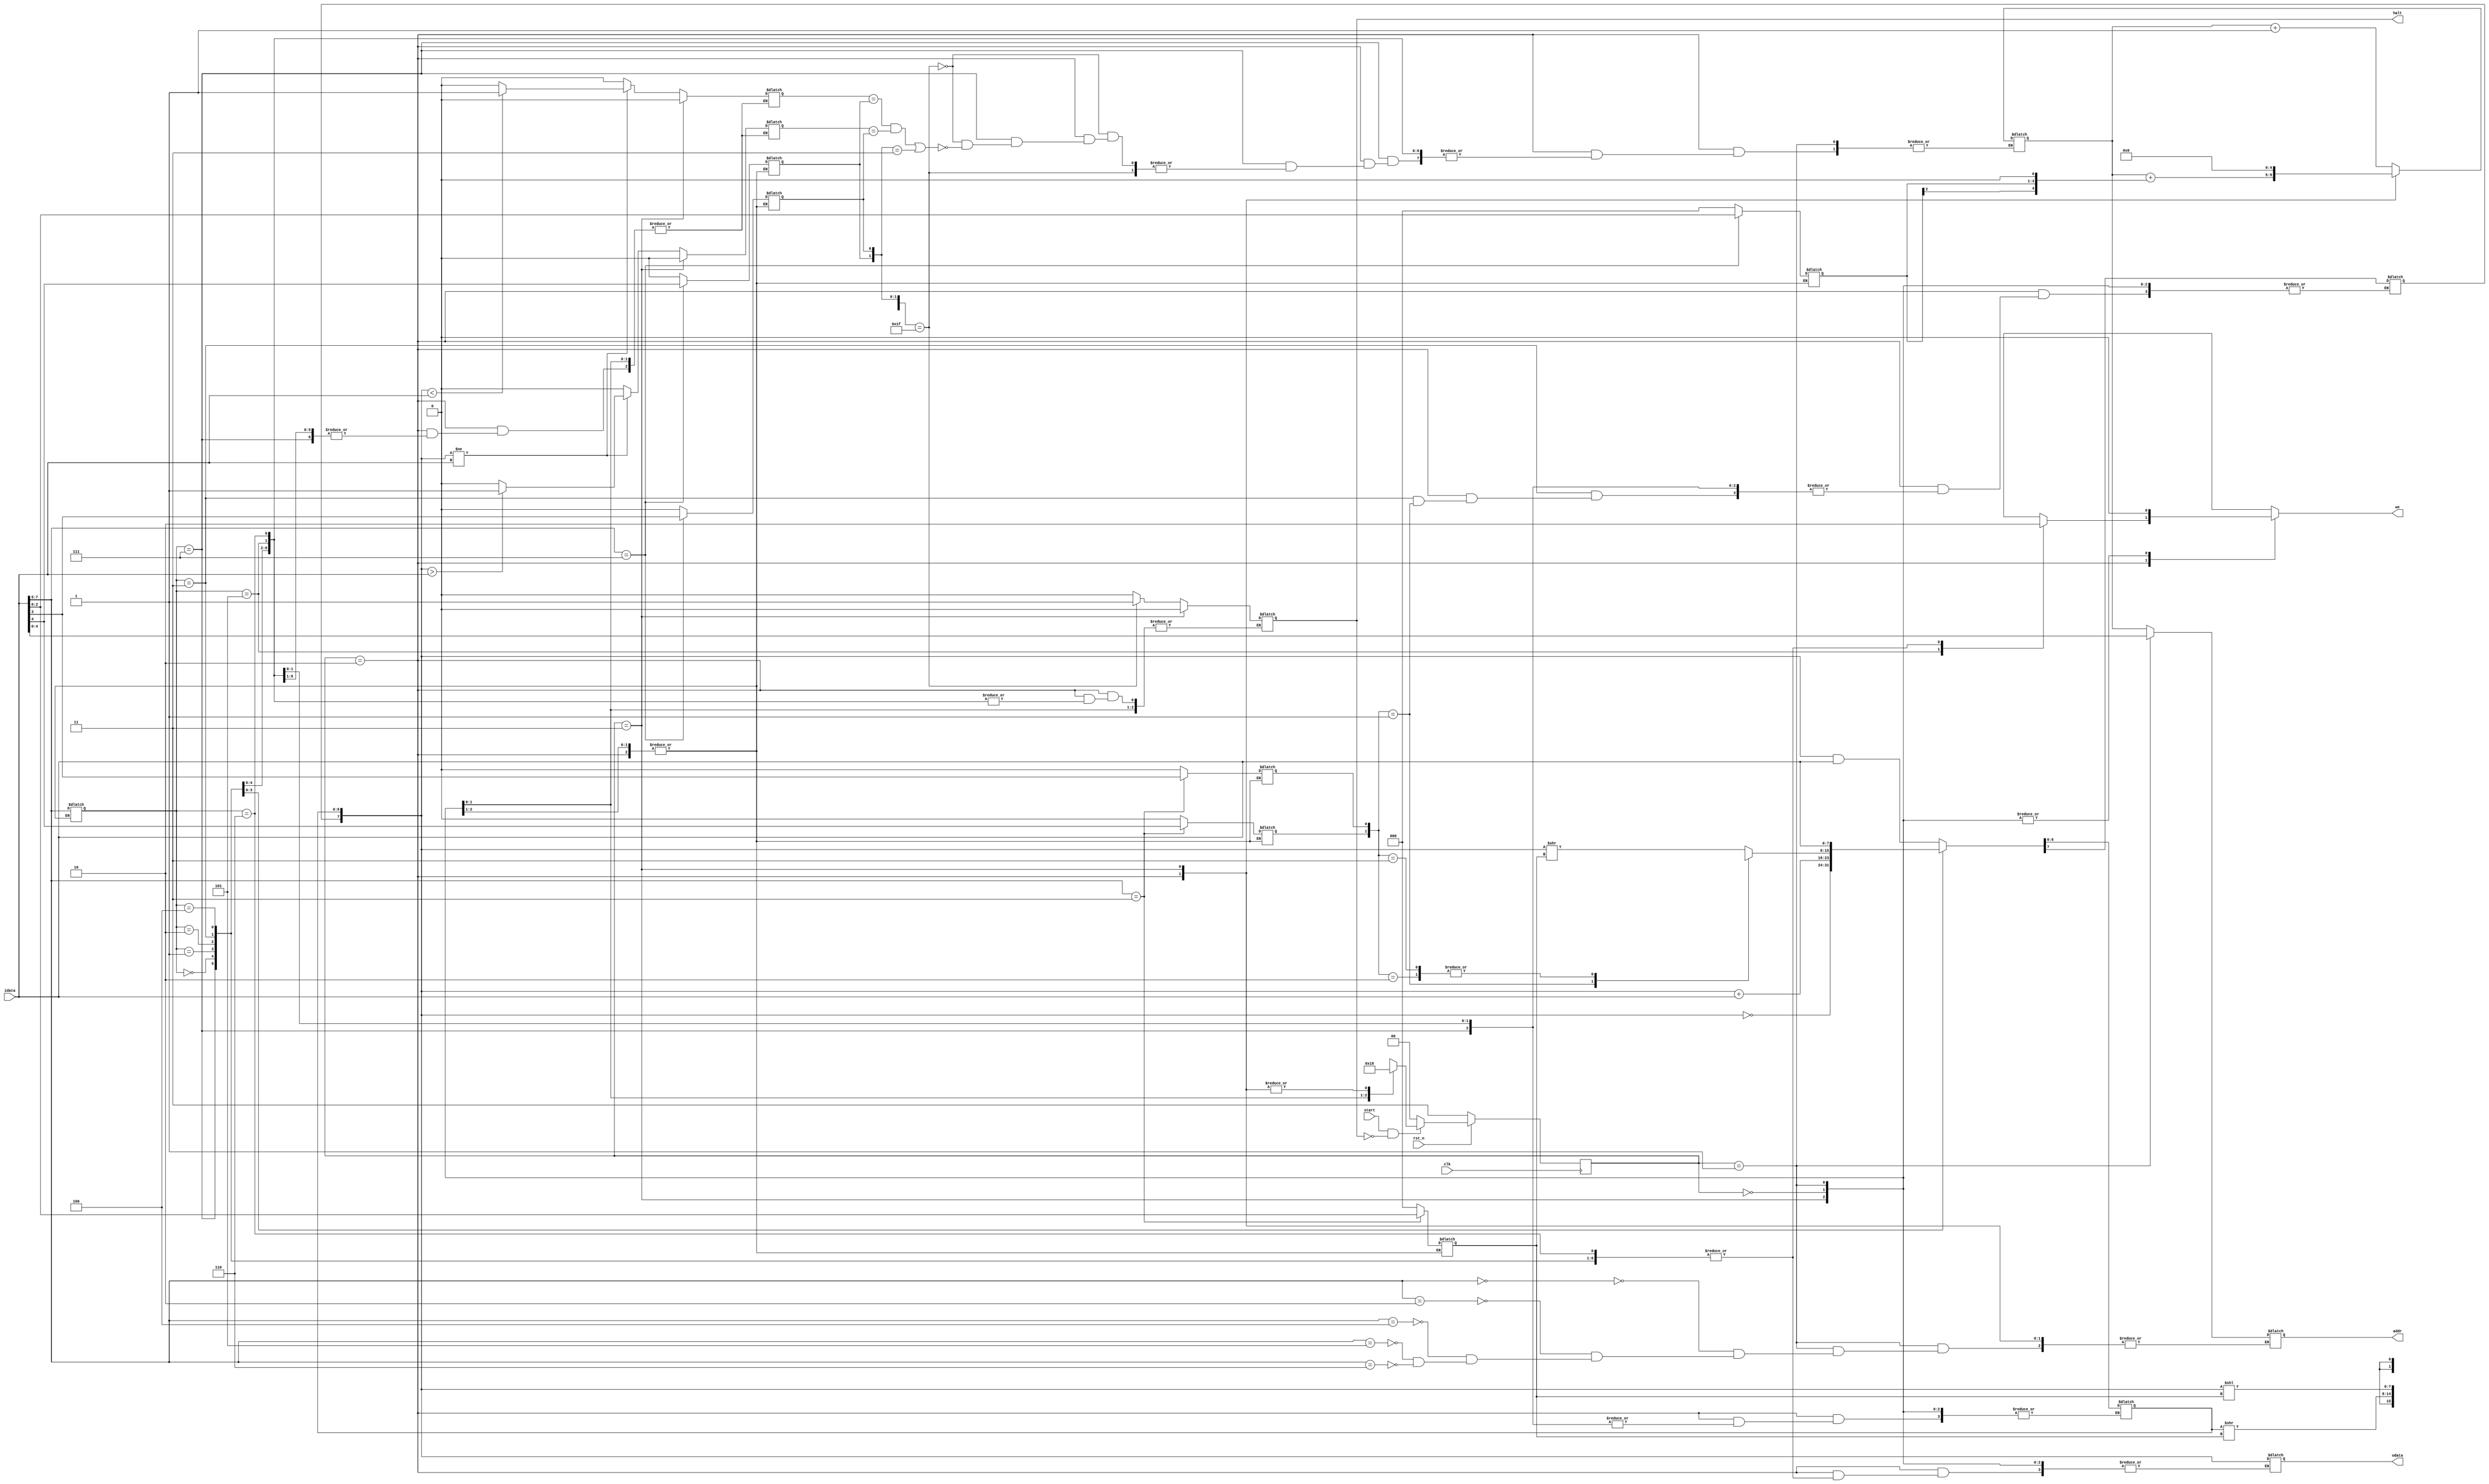
module computer(
  input      clk,
  input      rst_n,
  
  input      start,
  output reg halt,
  
  output reg       we,
  input      [7:0] idata,
  output reg [7:0] odata,
  output reg [4:0] addr
);
  
  reg [4:0] pc;
  reg [7:0] accumulator; 
  reg [2:0] opcode;
  
  // Shift instruction fields
  reg shift_l;
  reg shift_a;
  reg [2:0] shift_amt;
  
  // Jump instruction fields
  reg jump_p;
  reg jump_n;
  reg [2:0] jump_amt;
  
  // Control flags
  reg flag_p;
  reg flag_n;
  
  reg [1:0] state;
  reg [1:0] next_state;
  
  // State transition control
  always @(posedge clk) begin
    if(!rst_n) begin
      state <= 2'b11;
    end
    else begin
      if(start && !halt) begin
        state <= next_state;
      end
      else begin
        state <= 2'b00;
      end
    end
  end
  
  // State operations: Fetch -> Decode -> Execute
  always @(state) begin
    we = 0;
    
    case(state)
      // Fetch
      2'b00: begin
        addr = pc;
        pc = pc + 1;
      
        next_state = 2'b01;
      end

      // Decode
      2'b01:  begin 
        opcode = idata[7:5];
        
        case(idata[7:5])
          // AND
          3'b000: addr = idata[4:0];
          // ADD
          3'b010: addr = idata[4:0];
          // LD
          3'b100: addr = idata[4:0];
          // ST
          3'b101: addr = idata[4:0];
          // CMP
          3'b110: addr = idata[4:0];
          
          default: begin
            addr = addr;
          end
        endcase
        
        // Shift
        case(idata[7:5])
          3'b011: begin
            shift_l   = idata[4];
            shift_a   = idata[3];
            shift_amt = idata[2:0];
          end
          
          default: begin
            shift_l   = 0;
            shift_a   = 0;
            shift_amt = 3'b0;
          end
        endcase
        
        // Jump
        case(idata[7:5])
          3'b111: begin
            jump_n   = idata[4];
            jump_p   = idata[3];
            jump_amt = idata[2:0];
          end
          
          default: begin
            jump_n   = 0;
            jump_p   = 0;
            jump_amt = 3'b0;
          end
        endcase
        next_state = 2'b10;
      end

      // Execute
      2'b10: begin      
        case (opcode)
          // AND
          3'b000: accumulator = accumulator & idata;
          
          // NOT
          3'b001: accumulator = ~accumulator;
          
          // ADD
          3'b010: accumulator = accumulator + idata;
          
          // SHFT
          3'b011: begin
            case ({shift_l, shift_a})
              2'b00: accumulator = accumulator >> shift_amt;
              2'b01: accumulator = {accumulator[7], accumulator[6:0] >> shift_amt};
              2'b10: accumulator = accumulator << shift_amt;
              2'b11: accumulator = accumulator << shift_amt;
            endcase
          end
          
          // LD
          3'b100: accumulator = idata;
            
          // ST
          3'b101: begin
            we = 1; 
            odata = accumulator;
          end
          
          // CMP
          3'b110: begin
            if(accumulator != idata) begin
                flag_p = (accumulator > idata)? 1'b1: 1'b0;      
                flag_n = (accumulator < idata)? 1'b1: 1'b0;
            end
            else begin
                flag_p = 0;  
                flag_n = 0;
            end
       
          end
          
          // JMP
          3'b111: begin
            if({jump_amt, jump_n, jump_p} == 5'b11111) begin
              halt = 1;
            end
            else begin
              halt = 0;
              
              if((flag_n == jump_n && flag_p == jump_p) || {jump_n, jump_p} == 2'b11) begin 
                pc = pc + ({{3{jump_amt[2]}}, jump_amt[1:0]} << 1);
              end
              else begin
                pc = pc;
              end
            end
            
          end
        endcase
        
        next_state = 2'b00;
      end
      
      // Reset
      2'b11: begin
        pc = 0;
        halt = 0;
        flag_p = 0;
        flag_n = 0;

        next_state = 2'b00;
      end

      default: next_state = 2'b00;
    endcase
  end
  
endmodule